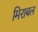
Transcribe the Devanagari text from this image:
मिराबल